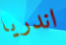
اندريا